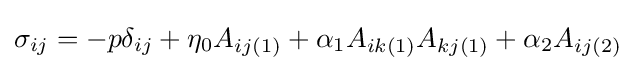
\sigma _{ij}=-p\delta _{ij}+\eta _{0}A_{ij(1)}+\alpha _{1}A_{ik(1)}A_{kj(1)}+\alpha _{2}A_{ij(2)}